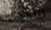
سنوي